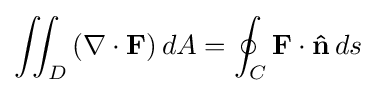
\iint _{D}\left(\nabla \cdot \mathbf {F} \right)dA=\oint _{C}\mathbf {F} \cdot \mathbf {\hat {n}} \,ds